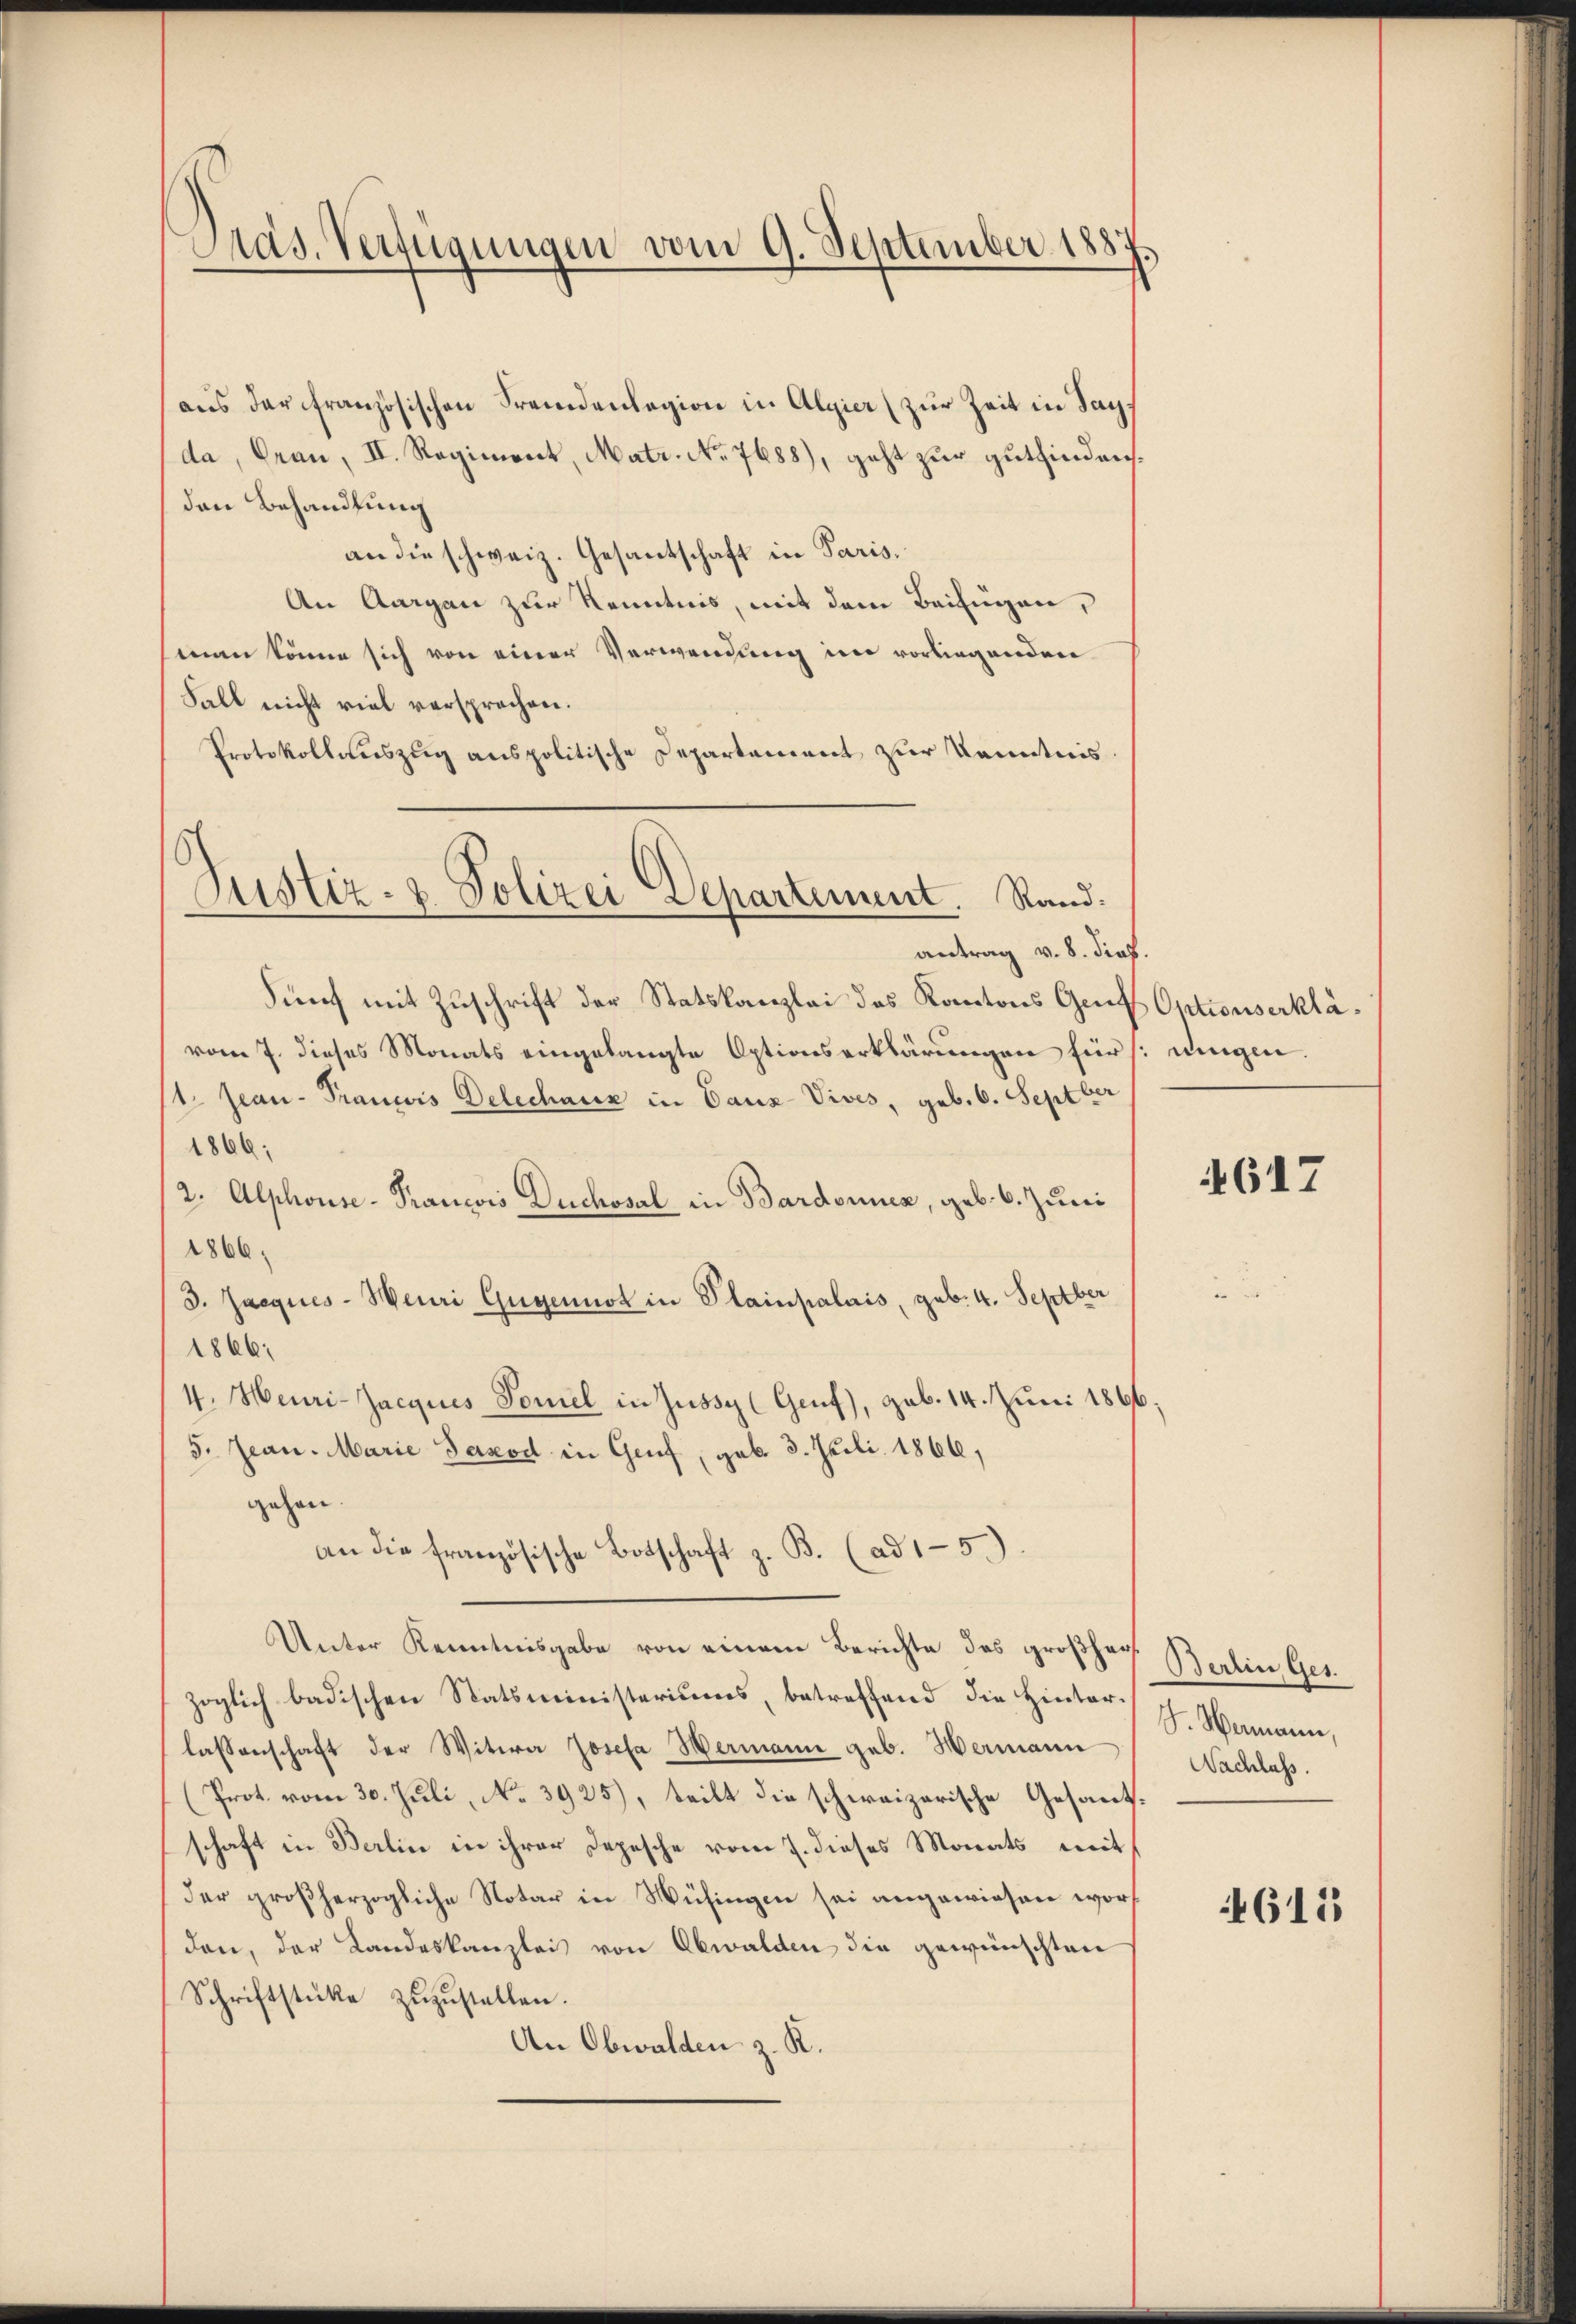
Pas. Verfügungen vom 9. September 188

aus der französischen Fremdenlegion in Algier (zur Zeit in Sach
da, Grau, II. Regiment, Matr. No 7688), geht zur gutfinden.
den Behandlung
an die schweiz. Gesantschaft in Paris.
An Aargau zur Kenntnis, mit dem Beifügen,
man könne sich von einer Verwendung in vorliegenden
Fall nicht viel versprochen.
Protokollauszug anspolitische Departement zur Kenntnis.

Justiz- & Polizei Departement. Stand.
antrag v. 8. Prof.

Fünf mit Zuschrift der Statskanzlei des Kantons Gend
vom 7. dieses Monats eingelangte Optionserklärungen für eingen.
1. Jean Prancis Delechnur in Canz-Vives, geb. 6. Septber
1806.
2. Alphouse- Prancois Duchosal in Bardonner, geb. 6. Juni
1866,
3. Jacques-Meuri Gugennot in Plainpalais, geb. 4. Septber
1866:
4. Heuri-Jacques Tomel in Zussy (Genf), geb. 14. Juni 1866
5. Jean. Marie Taxod in Genf, geb. 3. Juli 1866,
gehen.
an die französische Botschaft z. B. (ad 15.)
Unter Kenntnisgabe von einem Berichte des großher
zöglich badischen Statsministeriums, betreffend die Hinterlassenschaft der Witwe Josefa Hermann geb. Hermann
(Prot. vom 30. Juli, No. 3925), teilt die schweizerische Gesandschaft in Berlin in ihrer Depesche vom 7. dieses Monats mit
der großherzogliche Notar in Wüsingen sei angewiesen worden, der Landeskanzlei von Obwalden die gewünschten
Schriftstücke zŭzŭstellen.
An Obwalden z. R.

Optionserklä¬

)

4617

Berlin Ges.
J. Wermann,
Nachlass.

4615